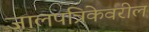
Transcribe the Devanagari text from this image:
जालपत्रिकेवरील